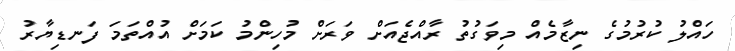
ހައްލު ކުރުމުގެ ނިޒާމެއް މިވަގުތު ރާއްޖެއަށް ވަރަށް މުހިންމު ކަމަށް އުއްތަމަ ފަނޑިޔާރު